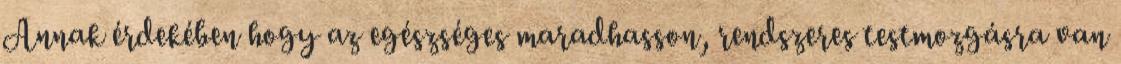
Annak érdekében hogy az egészséges maradhasson, rendszeres testmozgásra van